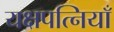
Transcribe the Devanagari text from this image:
यक्षपत्नियाँ